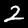
Digit: 2